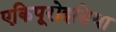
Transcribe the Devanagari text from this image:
एकिपूरोइडिया